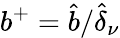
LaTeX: b^{+}=\hat{b}/\hat{\delta}_{\nu}